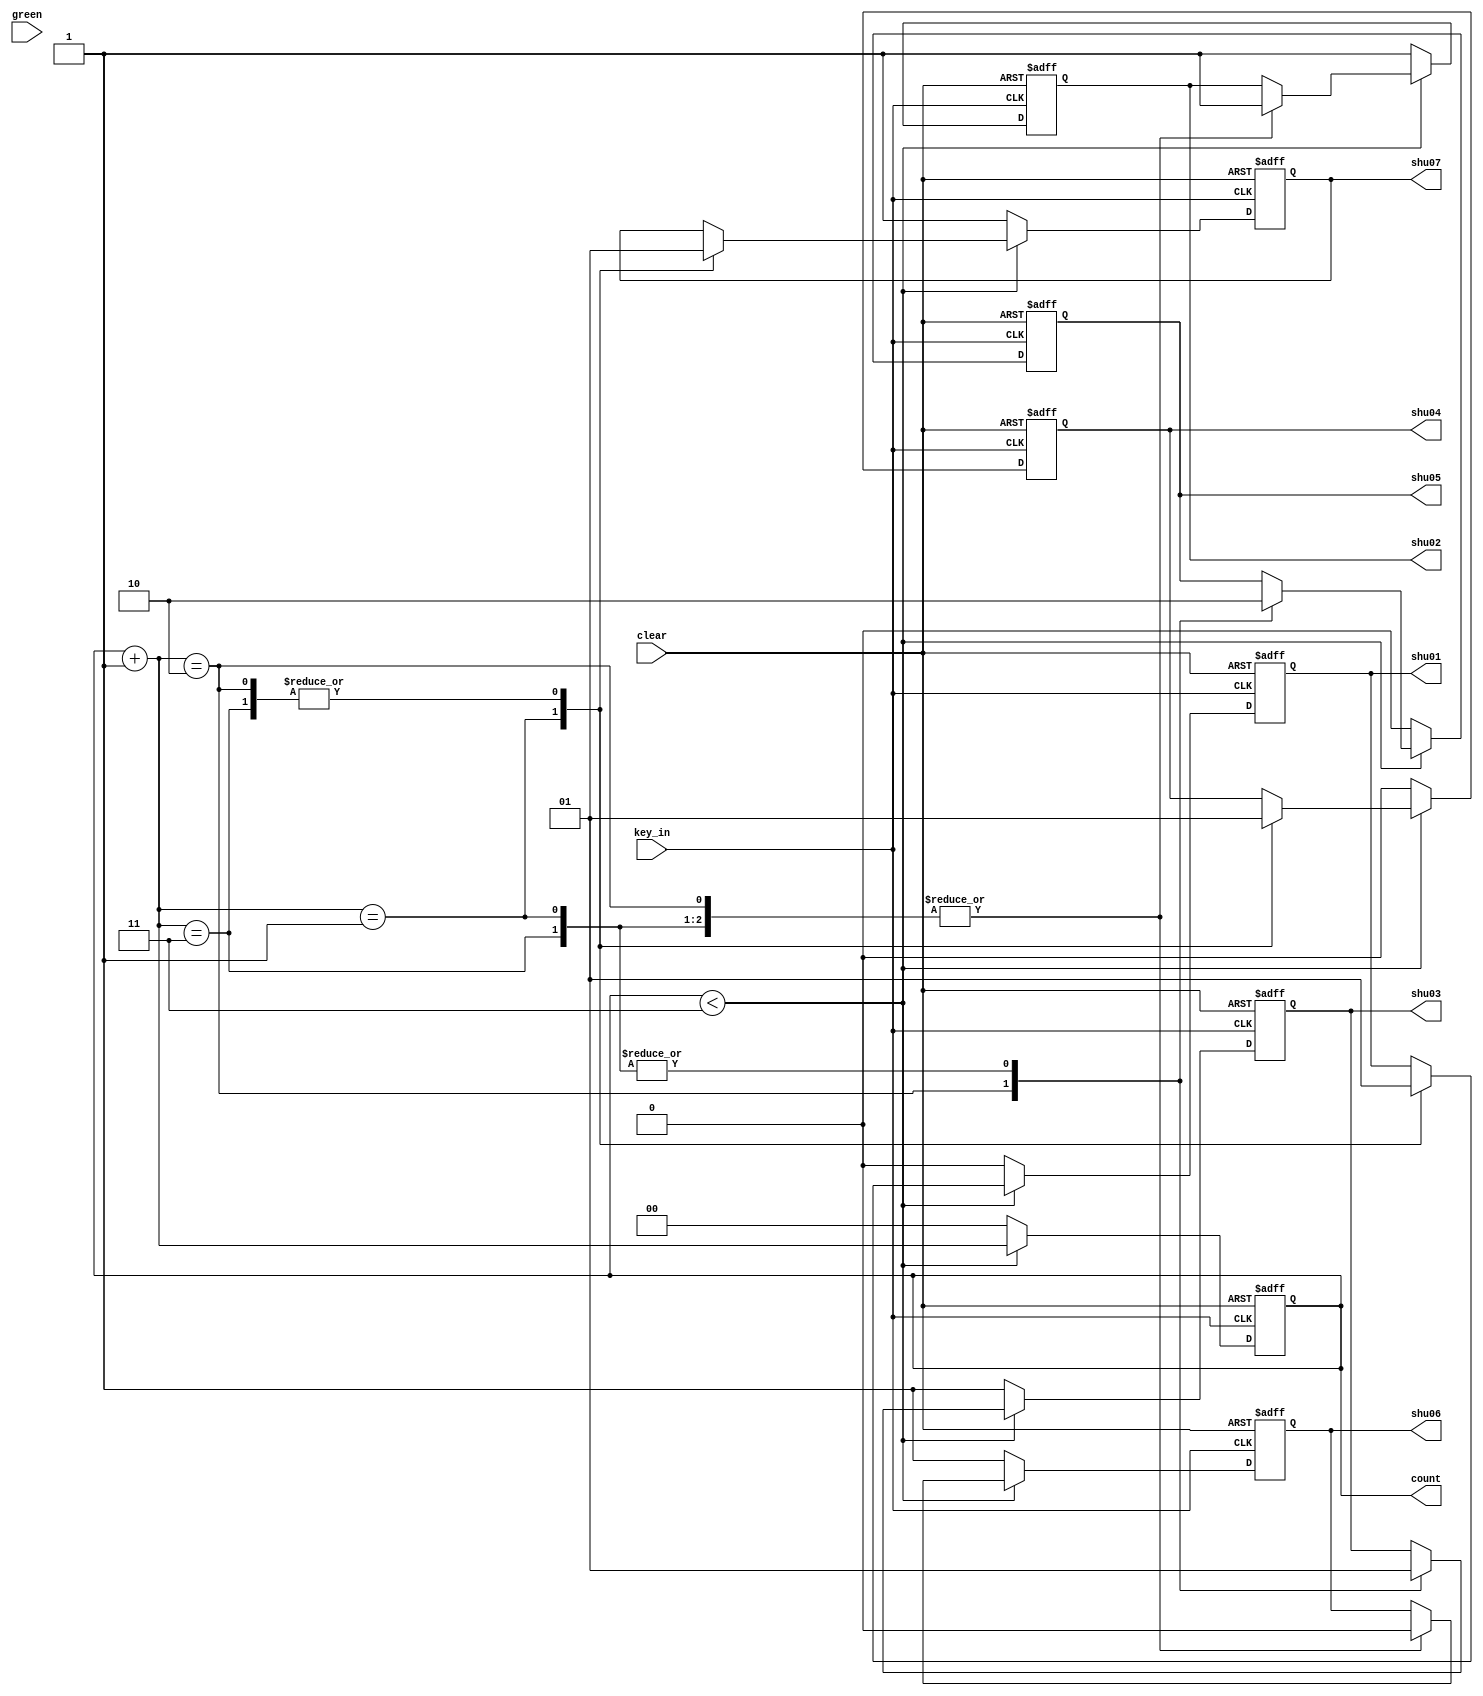
`timescale 1ns / 1ps
//////////////////////////////////////////////////////////////////////////////////
// Company: 
// Engineer: 
// 
// Design Name: 
// Module Name: jishu
// Project Name: 
// Target Devices: 
// Tool Versions: 
// Description: 
// 
// Dependencies: 
// 
// Revision:
// Revision 0.01 - File Created
// Additional Comments:
// 
//////////////////////////////////////////////////////////////////////////////////

module jishu(
input key_in, clear,green,
output reg[1:0] count,
output reg shu01,output reg shu02,output reg shu03,output reg shu04,output reg shu05,output reg shu06,output reg shu07

);
initial
begin
    count = 2'b00;
   
  shu01=1;shu02=1;shu03=1;shu04=1;shu05=1;shu06=1;shu07=0;
end

always @(posedge clear or negedge key_in)
begin
    
    if(clear == 1)
    begin
        count = 2'b00;
        shu01=1;shu02=1;shu03=1;shu04=1;shu05=1;shu06=1;shu07=0;
    end
    else
    begin
       
        if(count<2'b11) begin
        count = count + 1;
        case(count)
          2'b01:begin
          shu01=0;shu02=1;shu03=1;shu04=0;shu05=0;shu06=0;shu07=0;end
          2'b10:begin
          shu01=1;shu02=1;shu03=0;shu04=1;shu05=1;shu06=0;shu07=1;end
          2'b11:begin
          shu01=1;shu02=1;shu03=1;shu04=1;shu05=0;shu06=0;shu07=1;end
          endcase
          end
        else begin
        count = 2'b00;
        shu01=0;shu02=1;shu03=1;shu04=0;shu05=0;shu06=1;shu07=1;
        end
   
      
    
    end
    
    
end

endmodule